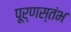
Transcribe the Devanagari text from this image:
पूर्णस्तंभ